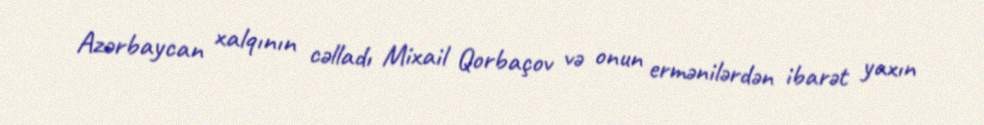
Azərbaycan xalqının cəlladı Mixail Qorbaçov və onun ermənilərdən ibarət yaxın